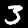
Digit: 3